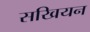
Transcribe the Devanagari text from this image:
सखियन